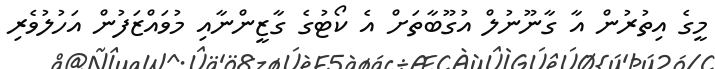
މީގެ އިތުރުން އާ ގާނޫނުލް އުގޫބާތަށް އެ ކޯޓުގެ ގާޒީންނާއި މުވައްޒަފުން އަހުލުވެރި